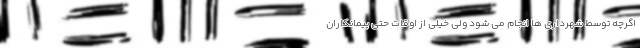
اگرچه توسط شهرداری ها انجام می شود ولی خیلی از اوقات حتی پیمانکاران